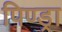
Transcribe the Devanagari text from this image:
पिण्‍ड्रा